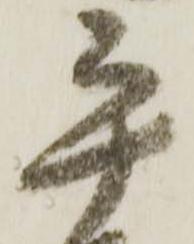
平